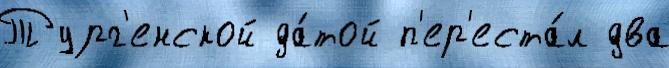
Тург'енской да́той п'ер'еста́л два